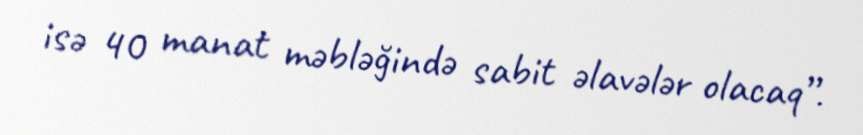
isə 40 manat məbləğində sabit əlavələr olacaq”.